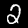
Digit: 2